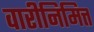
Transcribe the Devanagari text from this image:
वारीनिमित्त